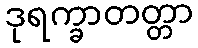
ဒုရက္ခာတတ္တာ